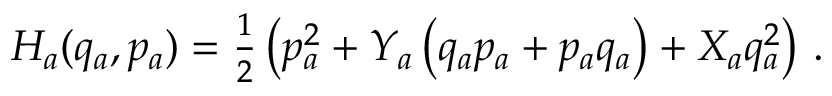
\begin{array} { r } { H _ { a } ( q _ { a } , p _ { a } ) = \frac { 1 } { 2 } \left( p _ { a } ^ { 2 } + Y _ { a } \left( q _ { a } p _ { a } + p _ { a } q _ { a } \right) + X _ { a } q _ { a } ^ { 2 } \right) \, . } \end{array}